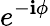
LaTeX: e^{-\mathbf{i}\phi}